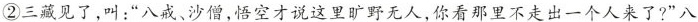
②三藏见了，叫：“八戒、沙僧，悟空才说这里旷野无人，你看那里不走出一个人来了?”八